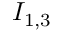
I _ { 1 , 3 }